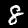
Label: 8